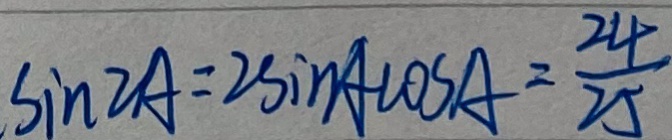
\sin 2 A = 2 \sin A \cos A = \frac { 2 4 } { 2 5 }